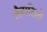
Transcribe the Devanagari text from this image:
लैवासिये